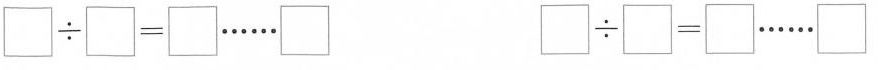
$$ \square\div \square＝ \square······ \square$$ $$\square\div \square＝ \square······ \square$$